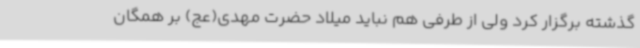
گذشته برگزار کرد ولی از طرفی هم نباید میلاد حضرت مهدی(عج) بر همگان